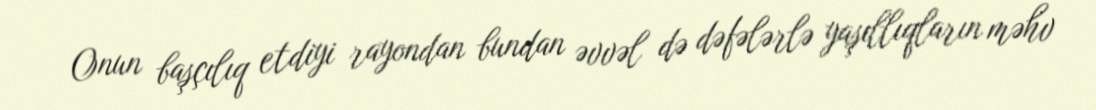
Onun başçılıq etdiyi rayondan bundan əvvəl də dəfələrlə yaşıllıqların məhv